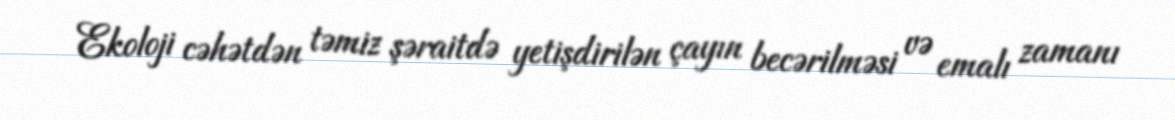
Ekoloji cəhətdən təmiz şəraitdə yetişdirilən çayın becərilməsi və emalı zamanı